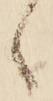
候